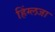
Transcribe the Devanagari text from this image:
हिंग्लजा